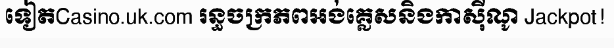
ទៀតCasino.uk.com រន្ធចក្រភពអង់គ្លេសនិងកាស៊ីណូ Jackpot!